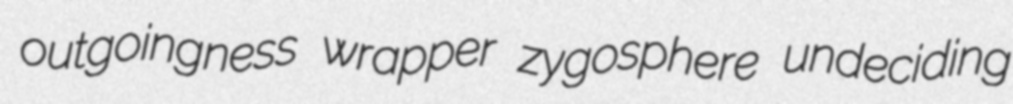
outgoingness wrapper zygosphere undeciding